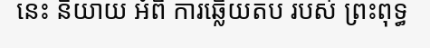
នេះ និយាយ អំពី ការឆ្លើយតប របស់ ព្រះពុទ្ធ